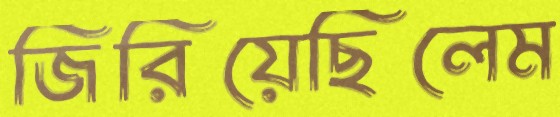
জিরিয়েছিলেম